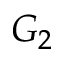
G _ { 2 }